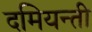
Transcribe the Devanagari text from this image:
दमियन्ती